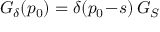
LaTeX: G _ { \delta } ( p _ { 0 } ) = \delta ( p _ { 0 } \! - \! s ) \, G _ { S }